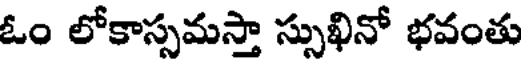
ఓం లోకాస్సమస్తా స్సుఖినో భవంతు